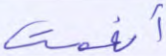
أنعمت